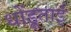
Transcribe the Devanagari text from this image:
धोंडूताई